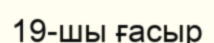
19-шы ғасыр